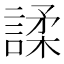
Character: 𫍅